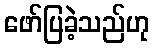
ဖော်ပြခဲ့သည်ဟု